NAE_ERA_R-1992_EV_Ehitusministeerium, lk 17
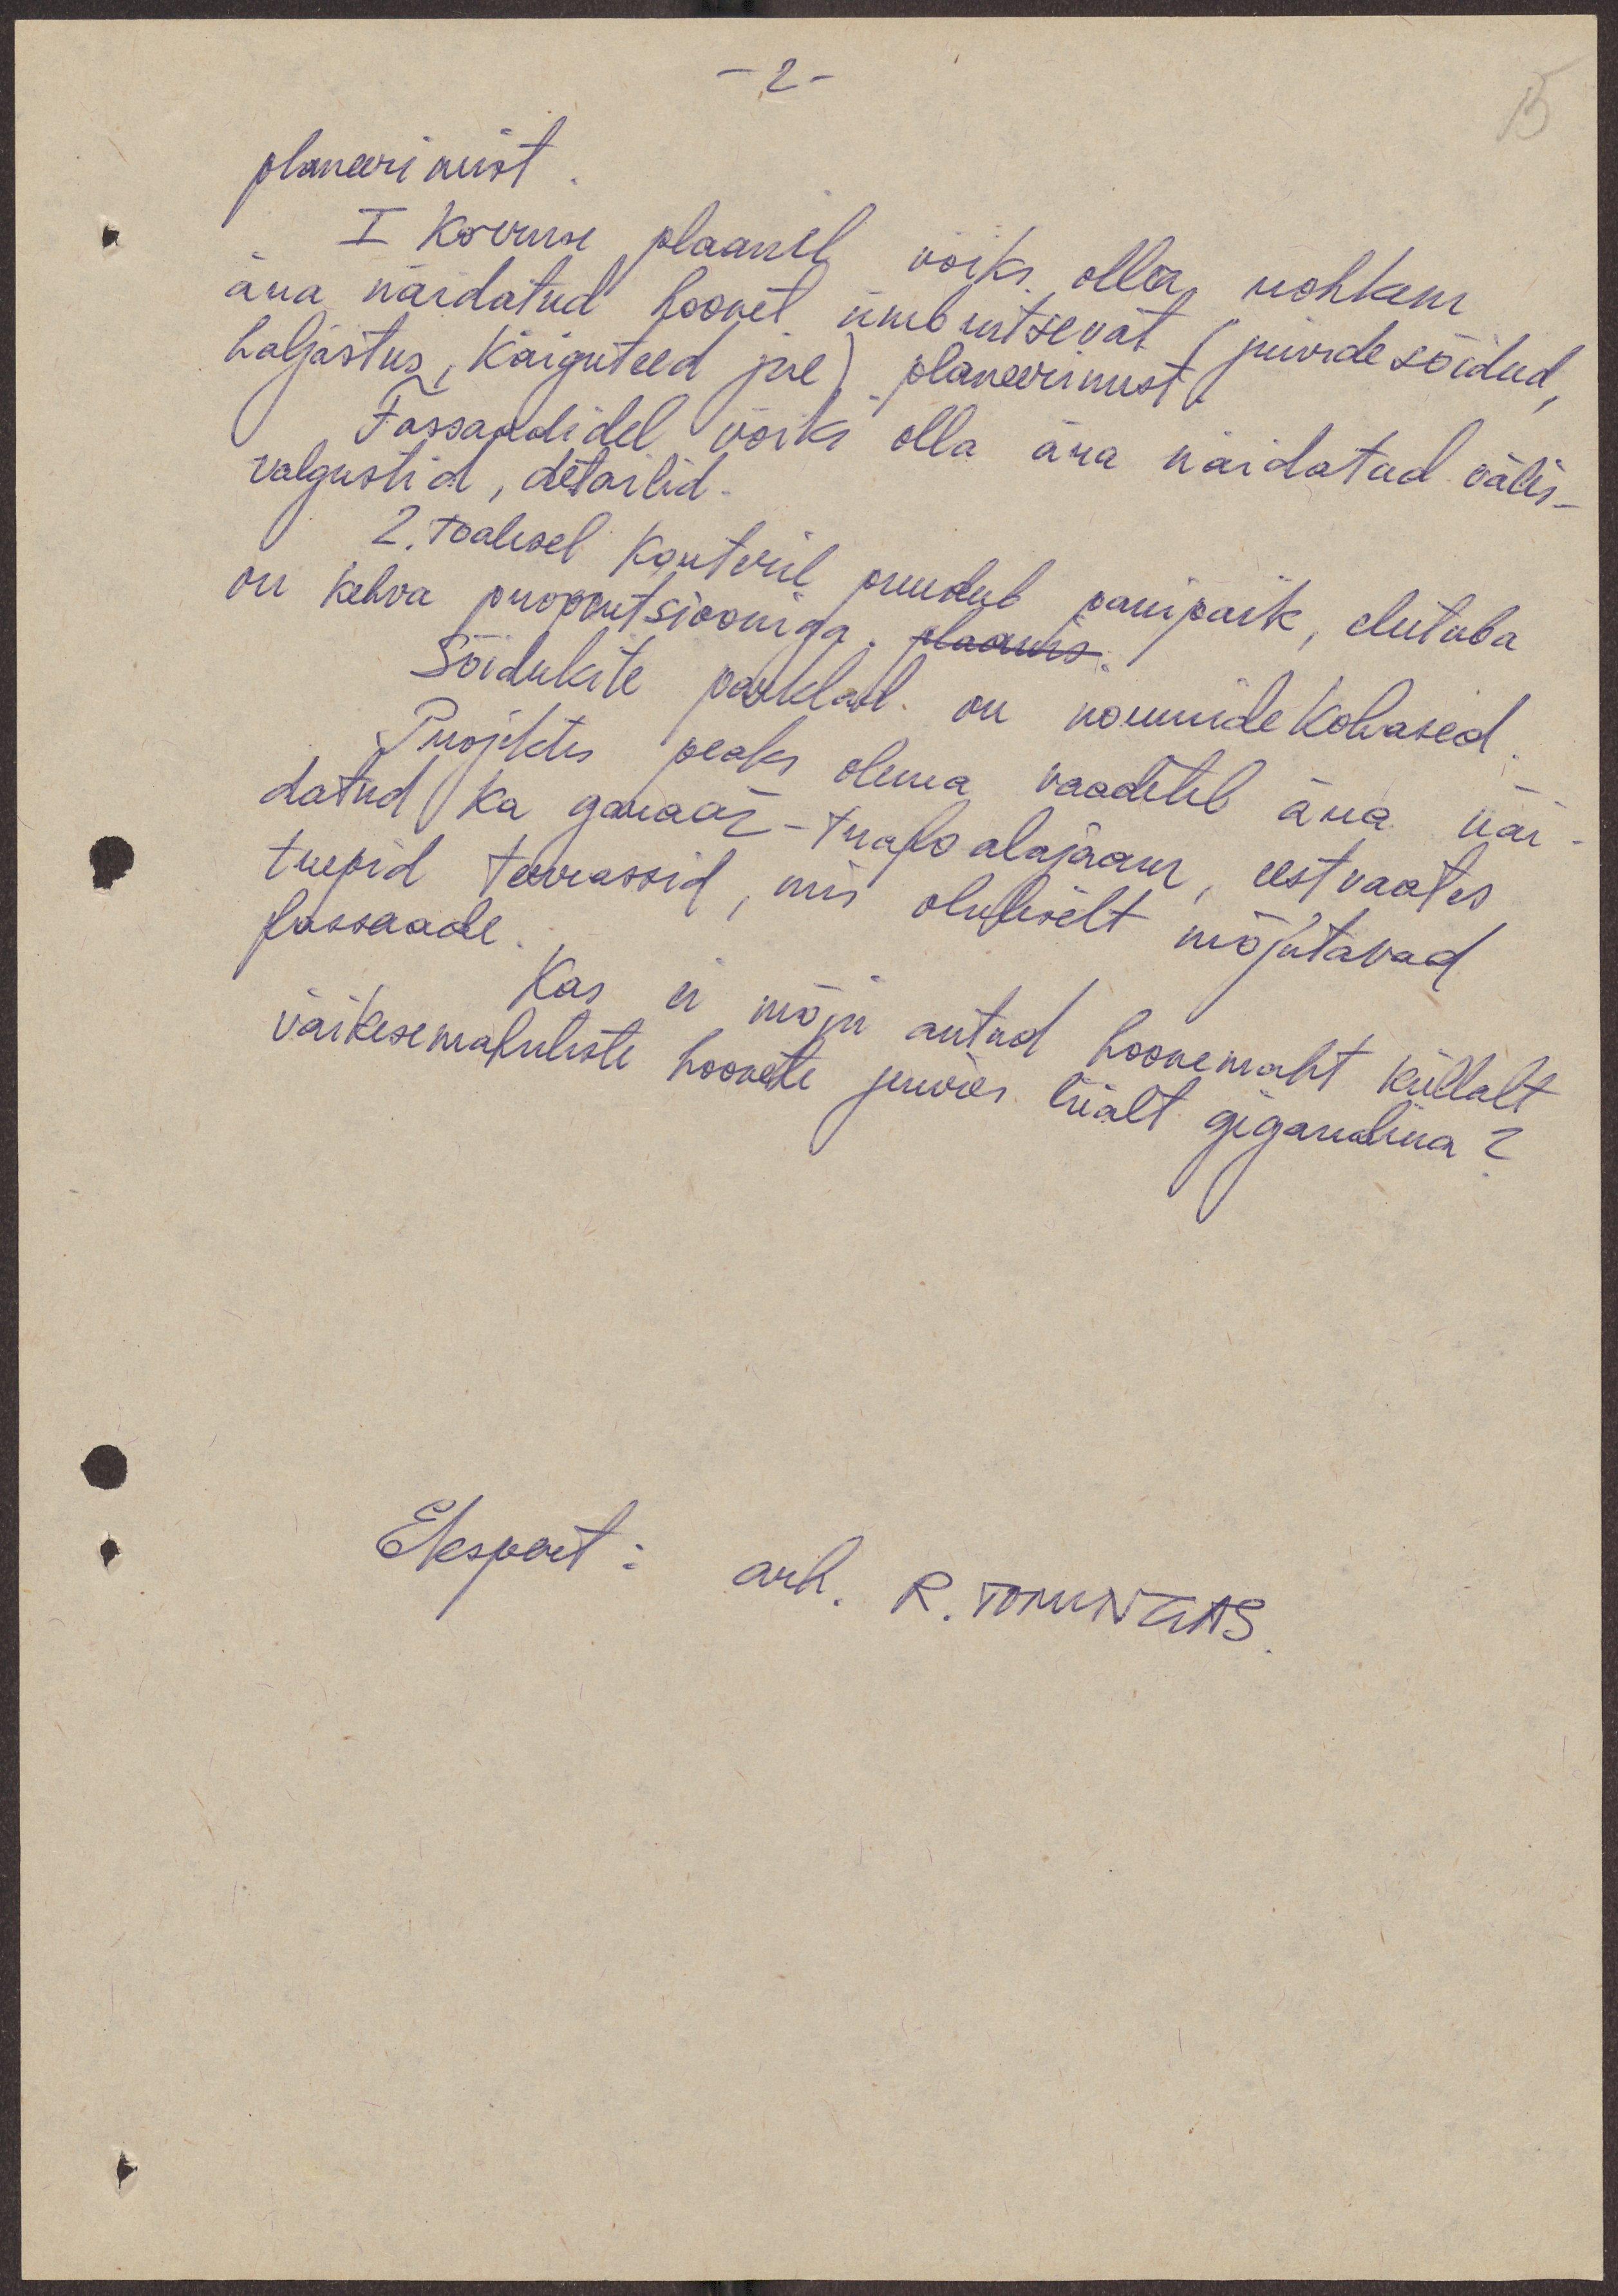
15
-2-
planeerimist
I korruse plaanil võiks olla rohkem
ära näidatud hoonet ümbritsevat (juurdesõidud
haljastus, käiguteed jne) planeerimist
Fassaadidel võiks olla ära näidatud välis-
valgustid, detailid.
2. toalisel korteril puudub panipaik, elutuba
on kehva proportsiooniga. plaanis.
Sõidukite parklad on normide kohased
Projektis peaks olema vaadetel ära näi
datud ka garaaž-trafo alajaam, eest vaates
trepid terrassid, mis oluliselt mõjutavad
fassaade.
Kas ei mõju antud hoonemaht küllalt
väikesemahuliste hoonete juures liialt gigandina?
Ekspert: arh. R. Tomingas